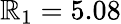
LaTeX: \mathbb{R}_{1}=5.08